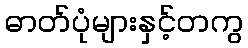
ဓာတ်ပုံများနှင့်တကွ